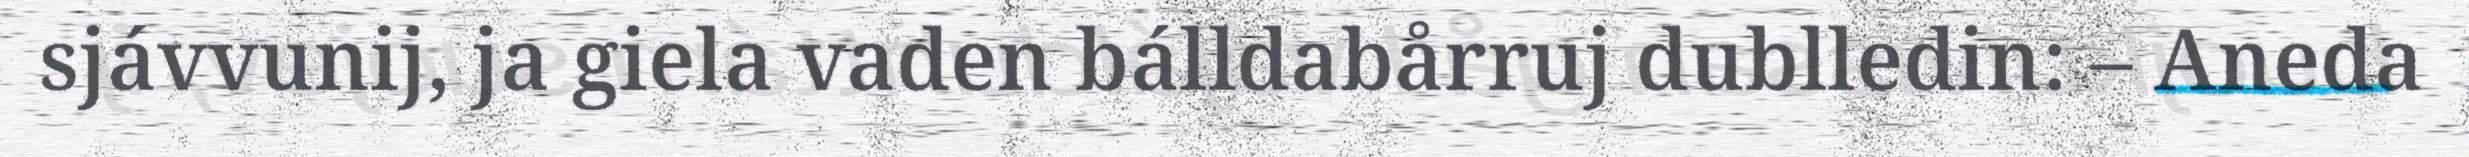
sjávvunij, ja giela vaden bálldabårruj dublledin: – Aneda